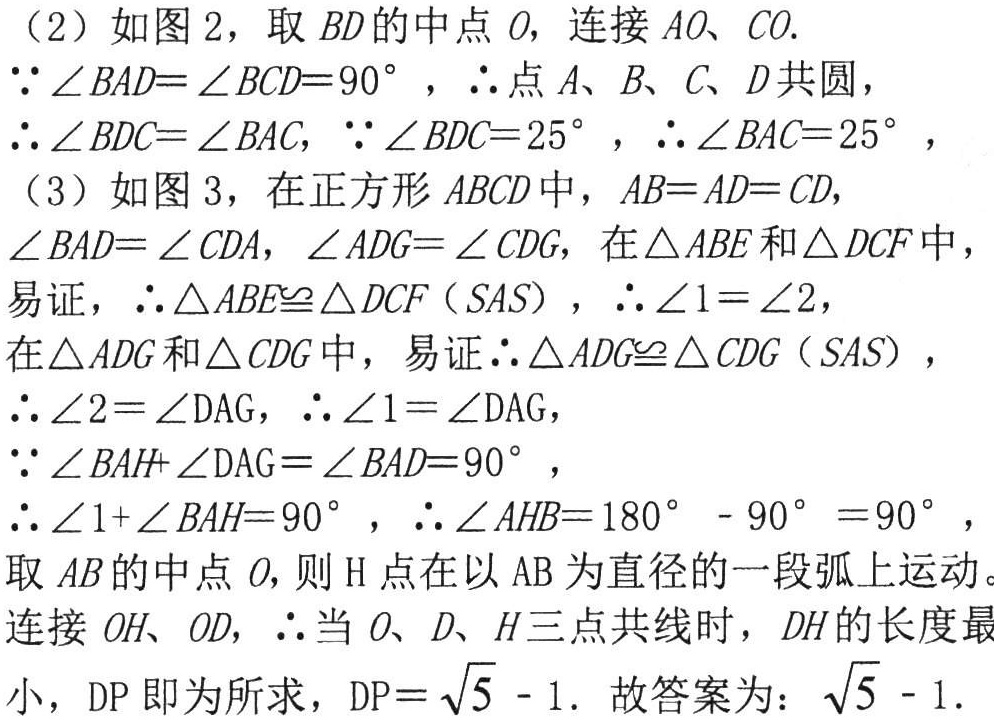
（2）如图2，取 \(BD\)的中点 \(O\)，连接 \(AO\)、\(CO\).

\(\because\angle BAD = \angle BCD = 90^{\circ}\)，\(\therefore\)点 \(A\)、\(B\)、\(C\)、\(D\)共圆，

\(\therefore\angle BDC=\angle BAC\)，\(\because\angle BDC = 25^{\circ}\)，\(\therefore\angle BAC = 25^{\circ}\)，

（3）如图3，在正方形 \(ABCD\)中，\(AB = AD = CD\)，

\(\angle BAD=\angle CDA\)，\(\angle ADG=\angle CDG\)，在\(\triangle ABE\)和\(\triangle DCF\)中，

易证，\(\therefore\triangle ABE\cong\triangle DCF(SAS)\)，\(\therefore\angle 1=\angle 2\)，

在\(\triangle ADG\)和\(\triangle CDG\)中，易证\(\therefore\triangle ADG\cong\triangle CDG(SAS)\)，

\(\therefore\angle 2=\angle DAG\)，\(\therefore\angle 1=\angle DAG\)，

\(\because\angle BAH+\angle DAG=\angle BAD = 90^{\circ}\)，

\(\therefore\angle 1+\angle BAH = 90^{\circ}\)，\(\therefore\angle AHB=180^{\circ}-90^{\circ}=90^{\circ}\)，

取 \(AB\)的中点 \(O\)，则\(H\)点在以\(AB\)为直径的一段弧上运动。

连接 \(OH\)、\(OD\)，\(\therefore\)当 \(O\)、\(D\)、\(H\)三点共线时，\(DH\)的长度最小，\(DP\)即为所求，\(DP = \sqrt{5}-1\). 故答案为：\(\sqrt{5}-1\).